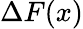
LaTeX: \Delta F(x)